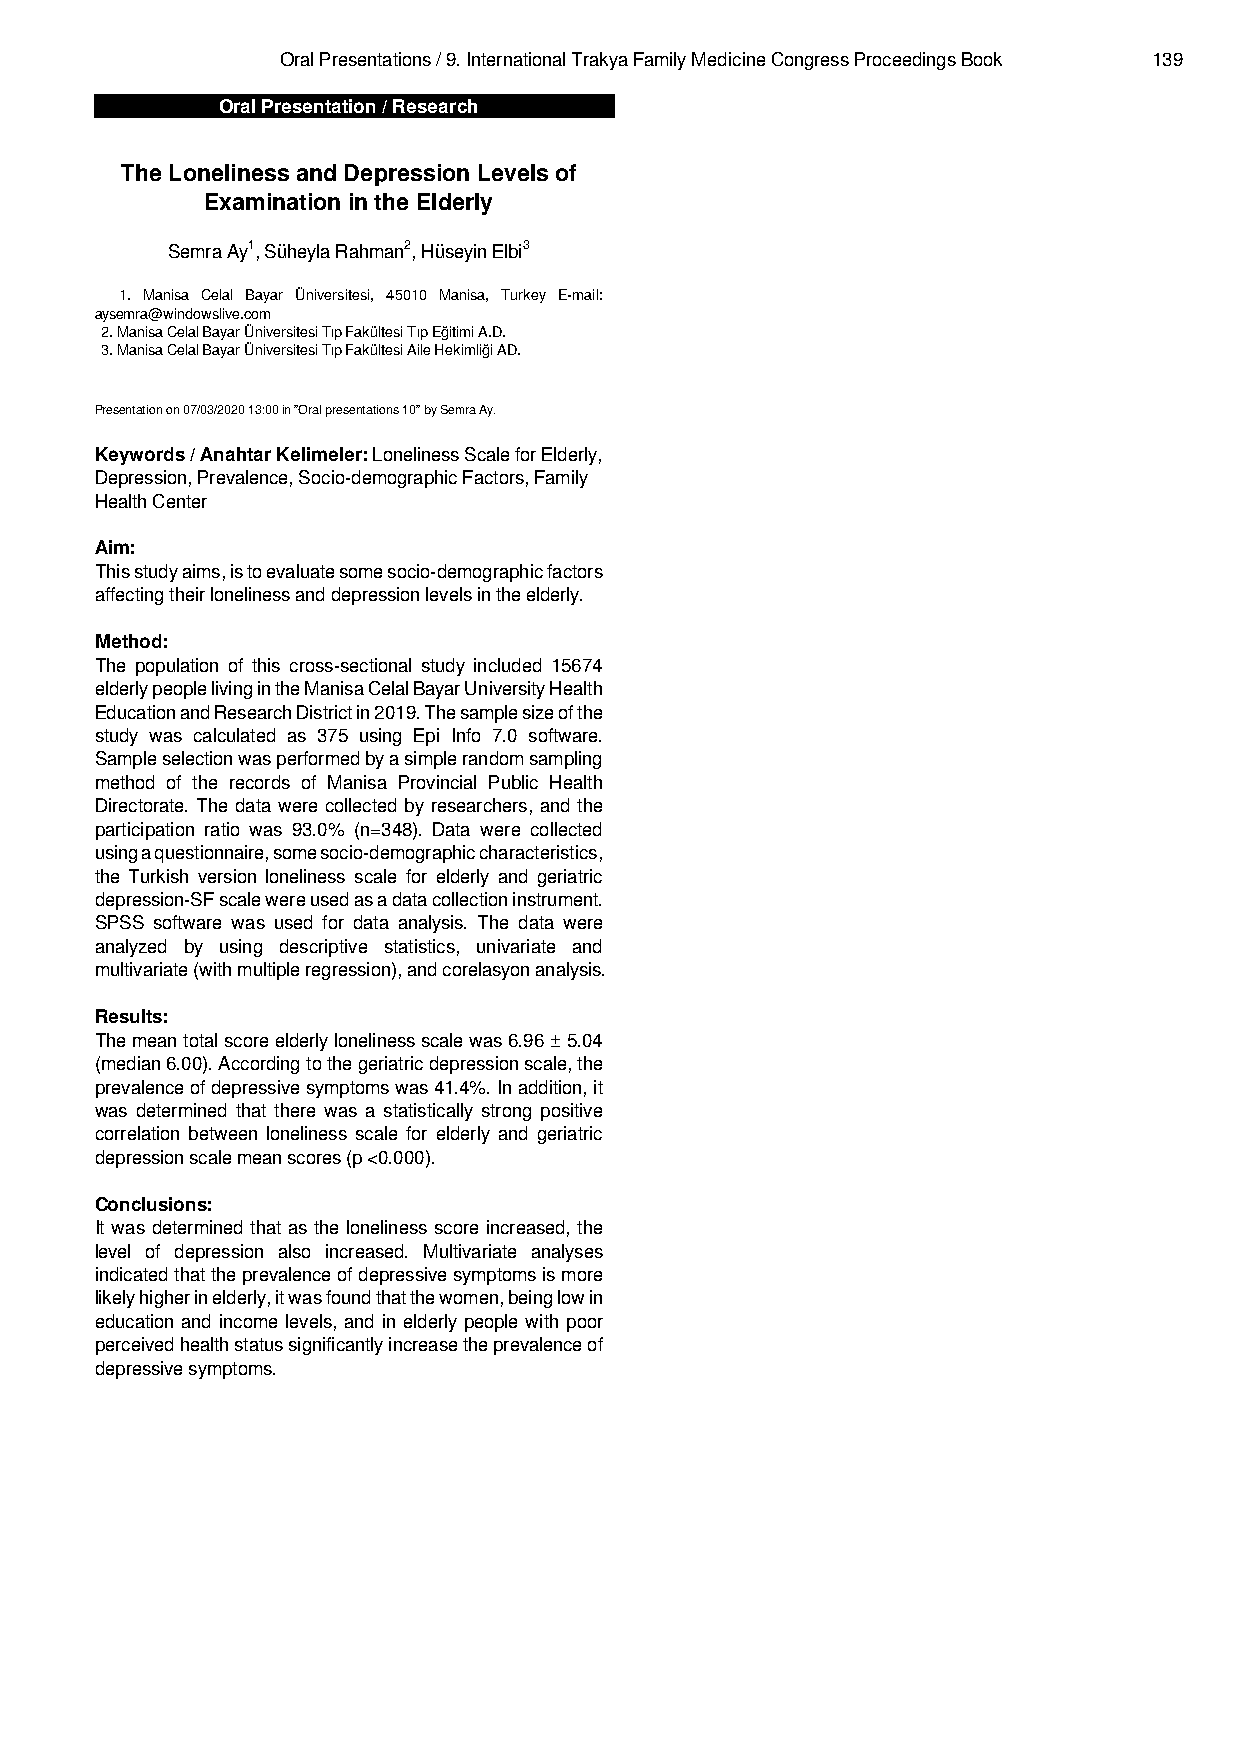
Oral Presentations / 9. International Trakya Family Medicine Congress Proceedings Book 139
 Oral Presentation / Research
 The Loneliness and Depression Levels of
 Examination in the Elderly
 Semra Ay1, Süheyla Rahman2, Hüseyin Elbi3
 1. Manisa Celal Bayar Üniversitesi, 45010 Manisa, Turkey E-mail:
 aysemra@windowslive.com
 2. Manisa Celal Bayar Üniversitesi Tıp Fakültesi Tıp Eğitimi A.D.
 3. Manisa Celal Bayar Üniversitesi Tıp Fakültesi Aile Hekimliği AD.
 Presentation on 07/03/2020 13:00 in "Oral presentations 10" by Semra Ay.
 Keywords / Anahtar Kelimeler: Loneliness Scale for Elderly,
 Depression, Prevalence, Socio-demographic Factors, Family
 Health Center
 Aim:
 Thisstudyaims,istoevaluatesomesocio-demographicfactors
 affecting their loneliness and depression levels in the elderly.
 Method:
 The population of this cross-sectional study included 15674
 elderlypeoplelivingintheManisaCelalBayarUniversityHealth
 EducationandResearchDistrictin2019.Thesamplesizeofthe
 study was calculated as 375 using Epi Info 7.0 software.
 Sampleselectionwasperformedbyasimplerandomsampling
 method of the records of Manisa Provincial Public Health
 Directorate. The data were collected by researchers, and the
 participation ratio was 93.0% (n=348). Data were collected
 usingaquestionnaire,somesocio-demographiccharacteristics,
 the Turkish version loneliness scale for elderly and geriatric
 depression-SFscalewereusedasadatacollectioninstrument.
 SPSS software was used for data analysis. The data were
 analyzed by using descriptive statistics, univariate and
 multivariate (with multiple regression), and corelasyon analysis.
 Results:
 Themeantotalscoreelderlylonelinessscalewas6.96±5.04
 (median6.00).Accordingtothegeriatricdepressionscale,the
 prevalenceofdepressivesymptomswas41.4%.Inaddition,it
 was determined that there was a statistically strong positive
 correlation between loneliness scale for elderly and geriatric
 depression scale mean scores (p <0.000).
 Conclusions:
 It was determined that as the loneliness score increased, the
 level of depression also increased. Multivariate analyses
 indicatedthattheprevalenceofdepressivesymptomsismore
 likelyhigherinelderly,itwasfoundthatthewomen,beinglowin
 education and income levels, and in elderly people with poor
 perceivedhealthstatussignificantlyincreasetheprevalenceof
 depressive symptoms.